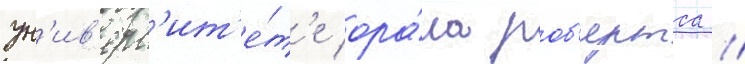
ун'ив'ерс'ит'е́т'е ора́ла роб'ертса //